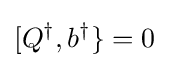
[Q^{\dagger },b^{\dagger }\}=0